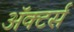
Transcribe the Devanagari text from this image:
ॲक्टर्स